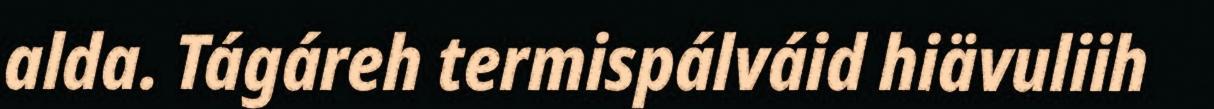
alda. Tágáreh termispálváid hiävuliih